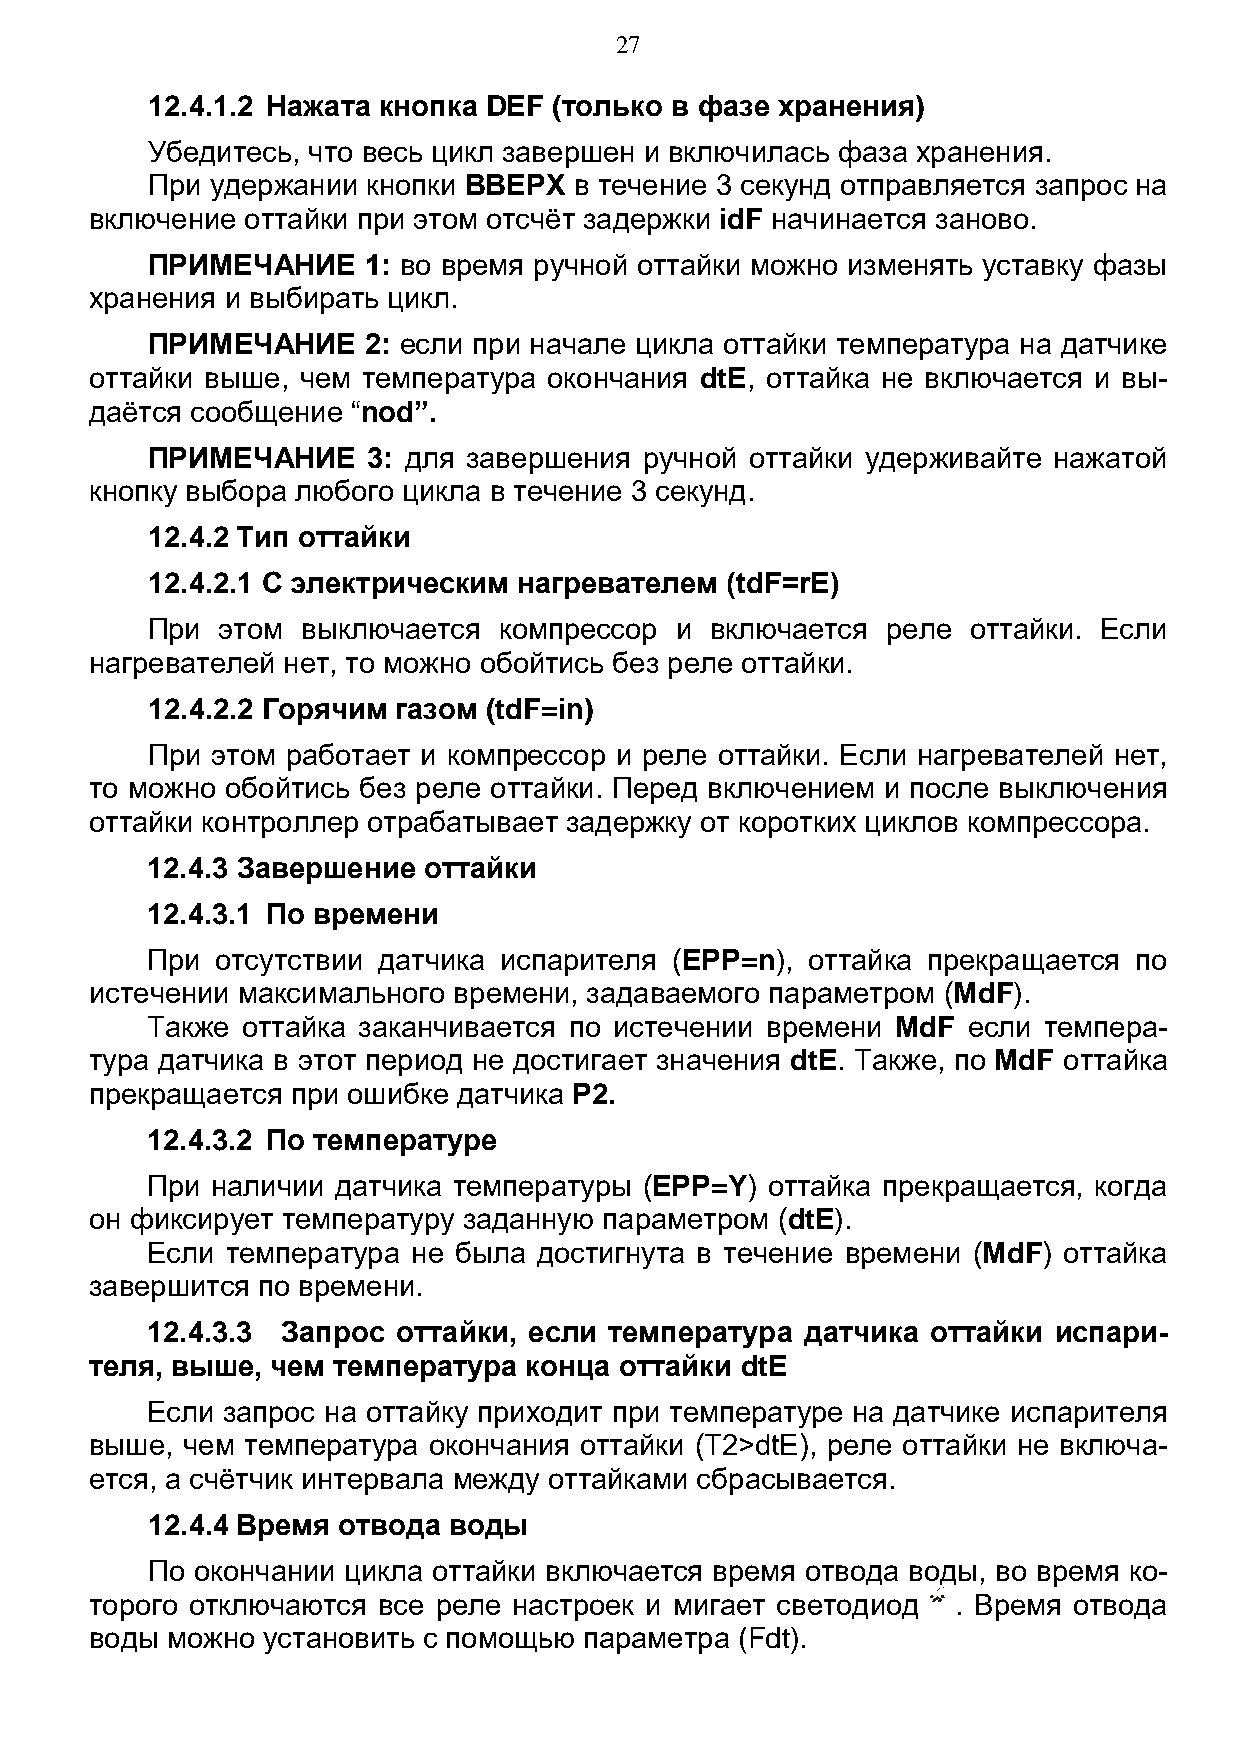
27
 12.4.1.2 Нажата кнопка DEF (только в фазе хранения)
 Убедитесь, что весь цикл завершен и включилась фаза хранения.
 При удержании кнопки ВВЕРХ  в течение 3 секунд отправляется запрос на
 включение оттайки при этом отсчёт задержки idF начинается заново.
 ПРИМЕЧАНИЕ    1: во время ручной оттайки можно изменять уставку фазы
 хранения и выбирать цикл.
 ПРИМЕЧАНИЕ    2: если при начале цикла оттайки температура на датчике
 оттайки выше, чем температура окончания dtE, оттайка не включается и вы-
 даётся сообщение “nod”.
 ПРИМЕЧАНИЕ    3: для завершения  ручной оттайки удерживайте нажатой
 кнопку выбора любого цикла в течение 3 секунд.
 12.4.2 Тип оттайки
 12.4.2.1 С электрическим нагревателем (tdF=rE)
 При  этом выключается  компрессор  и включается  реле оттайки. Если
 нагревателей нет, то можно обойтись без реле оттайки.
 12.4.2.2 Горячим газом (tdF=in)
 При этом работает и компрессор и реле оттайки. Если нагревателей нет,
 то можно обойтись без реле оттайки. Перед включением и после выключения
 оттайки контроллер отрабатывает задержку от коротких циклов компрессора.
 12.4.3 Завершение оттайки
 12.4.3.1 По времени
 При отсутствии датчика испарителя (EPP=n), оттайка прекращается  по
 истечении максимального времени, задаваемого параметром (MdF).
 Также оттайка заканчивается по истечении времени MdF  если темпера-
 тура датчика в этот период не достигает значения dtE. Также, по MdF оттайка
 прекращается при ошибке датчика P2.
 12.4.3.2 По температуре
 При наличии датчика температуры  (EPP=Y) оттайка прекращается, когда
 он фиксирует температуру заданную параметром (dtE).
 Если температура не была  достигнута в течение времени (MdF) оттайка
 завершится по времени.
 12.4.3.3 Запрос оттайки, если температура  датчика  оттайки испари-
 теля, выше, чем температура  конца оттайки dtE
 Если запрос на оттайку приходит при температуре на датчике испарителя
 выше, чем температура окончания оттайки (T2>dtE), реле оттайки не включа-
 ется, а счётчик интервала между оттайками сбрасывается.
 12.4.4 Время отвода воды
 По окончании цикла оттайки включается время отвода воды, во время ко-
 торого отключаются все реле настроек и мигает светодиод  . Время отвода
 воды можно установить с помощью  параметра (Fdt).